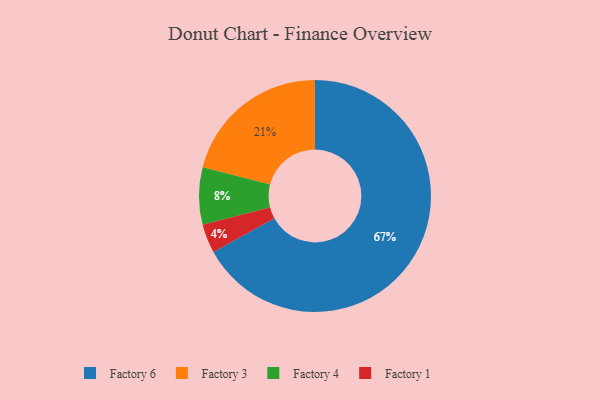
{"axis": {"x": "Category", "y": "Percentage"}, "legend": ["Factory 1", "Factory 3", "Factory 4", "Factory 6"], "data": [{"x": "Factory 3", "y": 21, "type": "Factory 3"}, {"x": "Factory 1", "y": 4, "type": "Factory 1"}, {"x": "Factory 4", "y": 8, "type": "Factory 4"}, {"x": "Factory 6", "y": 67, "type": "Factory 6"}]}